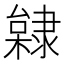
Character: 𨽿